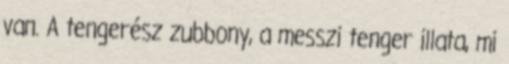
van. A tengerész zubbony, a messzi tenger illata, mi